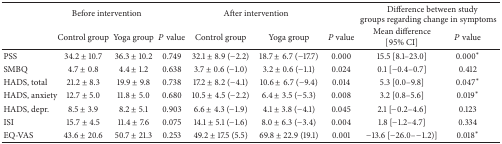
<table><thead><tr><td>[EMPTY_CELL]</td><td colspan="2"><b>Before intervention</b></td><td>[EMPTY_CELL]</td><td colspan="2"><b>After intervention</b></td><td>[EMPTY_CELL]</td><td colspan="2"><b>Difference between study groups regarding change in symptoms</b></td></tr><tr><td>[EMPTY_CELL]</td><td><b>Control group</b></td><td><b>Yoga group</b></td><td><b><i>P</i> value</b></td><td><b>Control group</b></td><td><b>Yoga group</b></td><td><b><i>P</i> value</b></td><td><b>Mean difference [95% CI]</b></td><td><b><i>P</i> value</b></td></tr></thead><tbody><tr><td>PSS</td><td>34.2 ± 10.7</td><td>36.3 ± 10.2</td><td>0.749</td><td>32.1 ± 8.9 (−2.2)</td><td>18.7 ± 6.7 (−17.7)</td><td>0.000</td><td>15.5 [8.1–23.0]</td><td>0.000*</td></tr><tr><td>SMBQ</td><td>4.7 ± 0.8</td><td>4.4 ± 1.2</td><td>0.638</td><td>3.7 ± 0.6 (−1.0)</td><td>3.2 ± 0.6 (−1.1)</td><td>0.024</td><td>0.1 [−0.4–0.7]</td><td>0.412</td></tr><tr><td>HADS, total </td><td>21.2 ± 8.3</td><td>19.9 ± 9.8</td><td>0.738</td><td>17.2 ± 8.2 (−4.1)</td><td>10.6 ± 6.7 (−9.4)</td><td>0.014</td><td>5.3 [0.0–9.8]</td><td>0.047*</td></tr><tr><td>HADS, anxiety </td><td>12.7 ± 5.0</td><td>11.8 ± 5.0</td><td>0.680</td><td>10.5 ± 4.5 (−2.2)</td><td>6.4 ± 3.5 (−5.3)</td><td>0.008</td><td>3.2 [0.8–5.6]</td><td>0.019*</td></tr><tr><td>HADS, depr.</td><td>8.5 ± 3.9</td><td>8.2 ± 5.1</td><td>0.903</td><td>6.6 ± 4.3 (−1.9)</td><td>4.1 ± 3.8 (−4.1)</td><td>0.045</td><td>2.1 [−0.2–4.6]</td><td>0.123</td></tr><tr><td>ISI</td><td>15.7 ± 4.5</td><td>11.4 ± 7.6</td><td>0.075</td><td>14.1 ± 5.1 (−1.6)</td><td>8.0 ± 6.3 (−3.4)</td><td>0.004</td><td>1.8 [−1.2–4.7]</td><td>0.334</td></tr><tr><td>EQ-VAS</td><td>43.6 ± 20.6</td><td>50.7 ± 21.3</td><td>0.253</td><td>49.2 ± 17.5 (5.5)</td><td>69.8 ± 22.9 (19.1)</td><td>0.001</td><td>−13.6 [−26.0– −1.2)]</td><td>0.018*</td></tr></tbody></table>